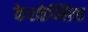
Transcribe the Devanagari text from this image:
केरळेन्सिस